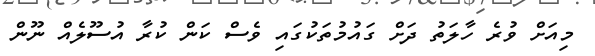
މިއަށް ވުރެ ހާލަތު ދަށް ގައުމުތަކުގައި ވެސް ކަން ކުރާ އުސޫލެއް ނޫން